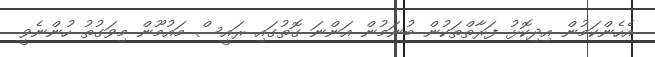
އެހެންކަމުން އިދިކޮޅު ފަރާތްތަކުން ބުނަމުން އަންނަ ގޮތުގައި ރައީސް މައުމޫން މިވަގުތު ހުންނެވީ